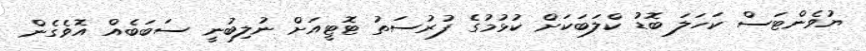
ޔުވެންޓަސް ކަހަލަ ބޮޑު ކްލަބަކަށް ކުޅުމުގެ ފުރުސަތު ޓޮޓީއަށް ނުލިބުނީ ސަބަބެއް އޮވެގެން